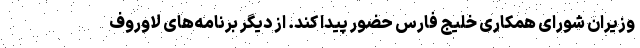
وزیران شورای همکاری خلیج فارس حضور پیدا کند. از دیگر برنامه‌های لاوروف